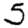
Digit: 5